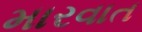
મારવાત